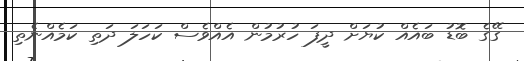
ގޭގެ ބޮޑު ބައެއް ކުޔަށް ދީފަ ހުރުމުން އެއްވެސް ކަހަލަ ދަތި ކަމެއްނެތި